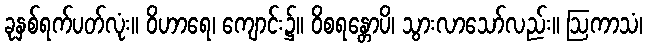
ခုနှစ်ရက်ပတ်လုံး။ ဝိဟာရေ၊ ကျောင်း၌။ ဝိစရန္တောပိ၊ သွားလာသော်လည်း။ ဩကာသံ၊